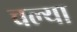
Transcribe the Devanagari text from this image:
चल्या